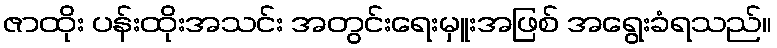
ဇာထိုး ပန်းထိုးအသင်း အတွင်းရေးမှူးအဖြစ် အရွေးခံရသည်။